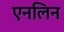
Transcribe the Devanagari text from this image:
एनलिन